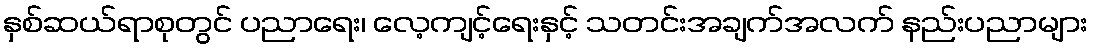
နှစ်ဆယ်ရာစုတွင် ပညာရေး၊ လေ့ကျင့်ရေးနှင့် သတင်းအချက်အလက် နည်းပညာများ